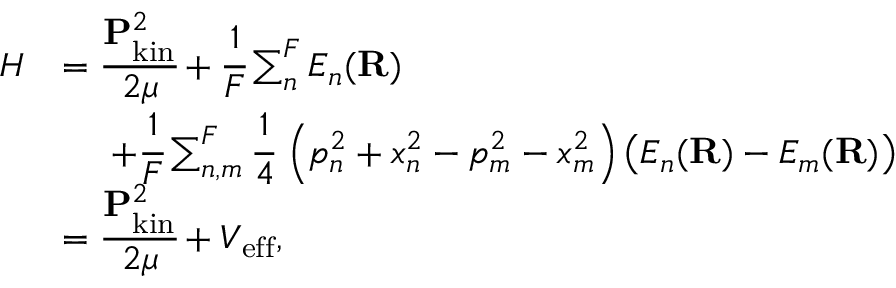
\begin{array} { r l } { H } & { = \cfrac { \mathbf { P } _ { \mathrm { k i n } } ^ { 2 } } { 2 \mu } + \cfrac { 1 } { F } \sum _ { n } ^ { F } E _ { n } ( \mathbf { R } ) } \\ & { \, \, \, \, \, \, \, \, + \cfrac { 1 } { F } \sum _ { n , m } ^ { F } \cfrac { 1 } { 4 } \, \left( p _ { n } ^ { 2 } + x _ { n } ^ { 2 } - p _ { m } ^ { 2 } - x _ { m } ^ { 2 } \right) \left( E _ { n } ( \mathbf { R } ) - E _ { m } ( \mathbf { R } ) \right) } \\ & { = \cfrac { \mathbf { P } _ { \mathrm { k i n } } ^ { 2 } } { 2 \mu } + V _ { \mathrm { e f f } } , } \end{array}